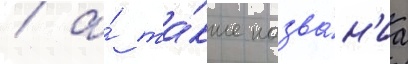
/ а́ та́кже назва́н'иа